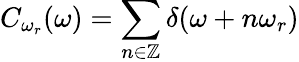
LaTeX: C_{\omega_{r}}(\omega)=\sum_{n\in\mathbb{Z}}\delta(\omega+n\omega_{r})